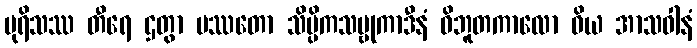
ပုရိသဿ တီရေ ဌတွာ ပဿတော သိပ္ပိကသမ္ဗုကာဒီနံ ဝိဘူတကာလော ဝိယ အာသဝါနံ